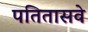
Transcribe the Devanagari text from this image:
पतितासवे